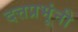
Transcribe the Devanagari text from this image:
दत्तप्रभूंनी